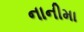
નાનીમા